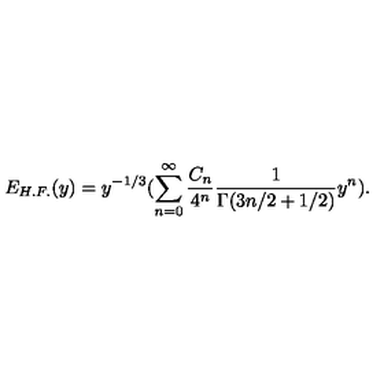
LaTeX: E _ { H . F . } ( y ) = y ^ { - 1 / 3 } ( \sum _ { n = 0 } ^ { \infty } { \frac { C _ { n } } { 4 ^ { n } } } { \frac { 1 } { \Gamma ( 3 n / 2 + 1 / 2 ) } } y ^ { n } ) .